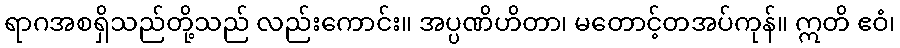
ရာဂအစရှိသည်တို့သည် လည်းကောင်း။ အပ္ပဏိဟိတာ၊ မတောင့်တအပ်ကုန်။ ဣတိ ဧဝံ၊